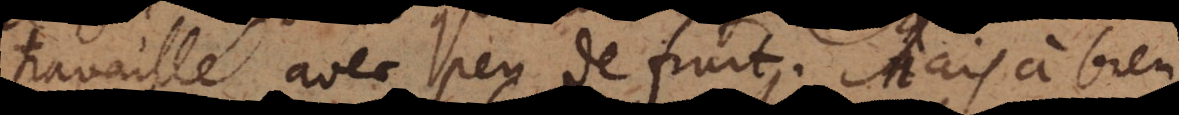
travaillé avec peu de fruit. Mais à bien